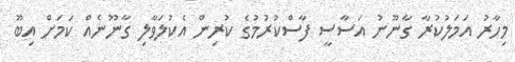
މިހާރު އަމަލުކުރާ ގާނޫނު އަސާސީ ފާސްކުރުމުގެ ކުރިން އެކުލަވާލި ގާނޫނެއް ކަމަށް އިބޫ